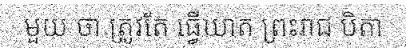
មួយ ថា ត្រូវតែ ធ្វើឃាត ព្រះរាជ បិតា